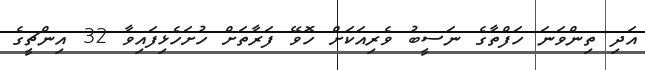
އަދި ތިންވަނަ ހަފްތާގެ ނަސީބު ވެރިއަކަށް ހޮވޭ ފަރާތަށް ހުށަހެޅިފައިވާ 32 އިންޗީގެ